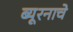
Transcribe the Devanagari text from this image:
ब्यूरनाचे